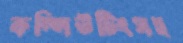
কম্পিউটিংসহ